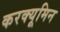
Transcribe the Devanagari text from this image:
करक्यूमिन